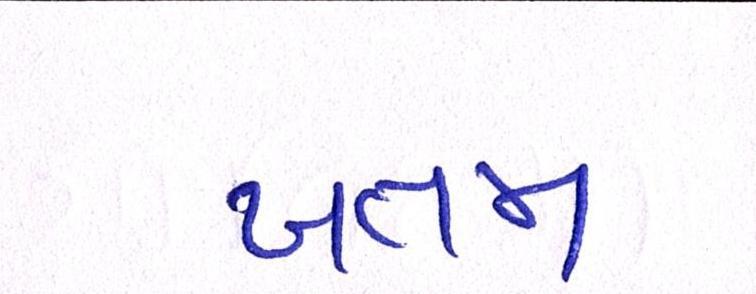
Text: ખતમ